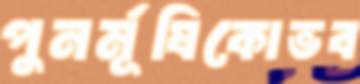
পুনর্মূষিকোভব